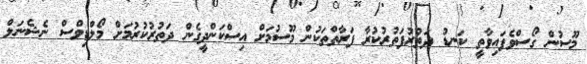
މޫސުން ގޯސްވެފައިވާތީ ކަނޑު ދަތުރުފަތުރުކުރާ ފަރާތްތަކުން މޫސުމަށް އިސްކަންދީގެން ދަތުރުކުރުމަށް މޯލްޑިވްސް ނެޝެނަލް